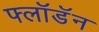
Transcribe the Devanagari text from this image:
फ्लॉडॅन